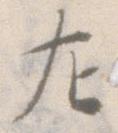
左